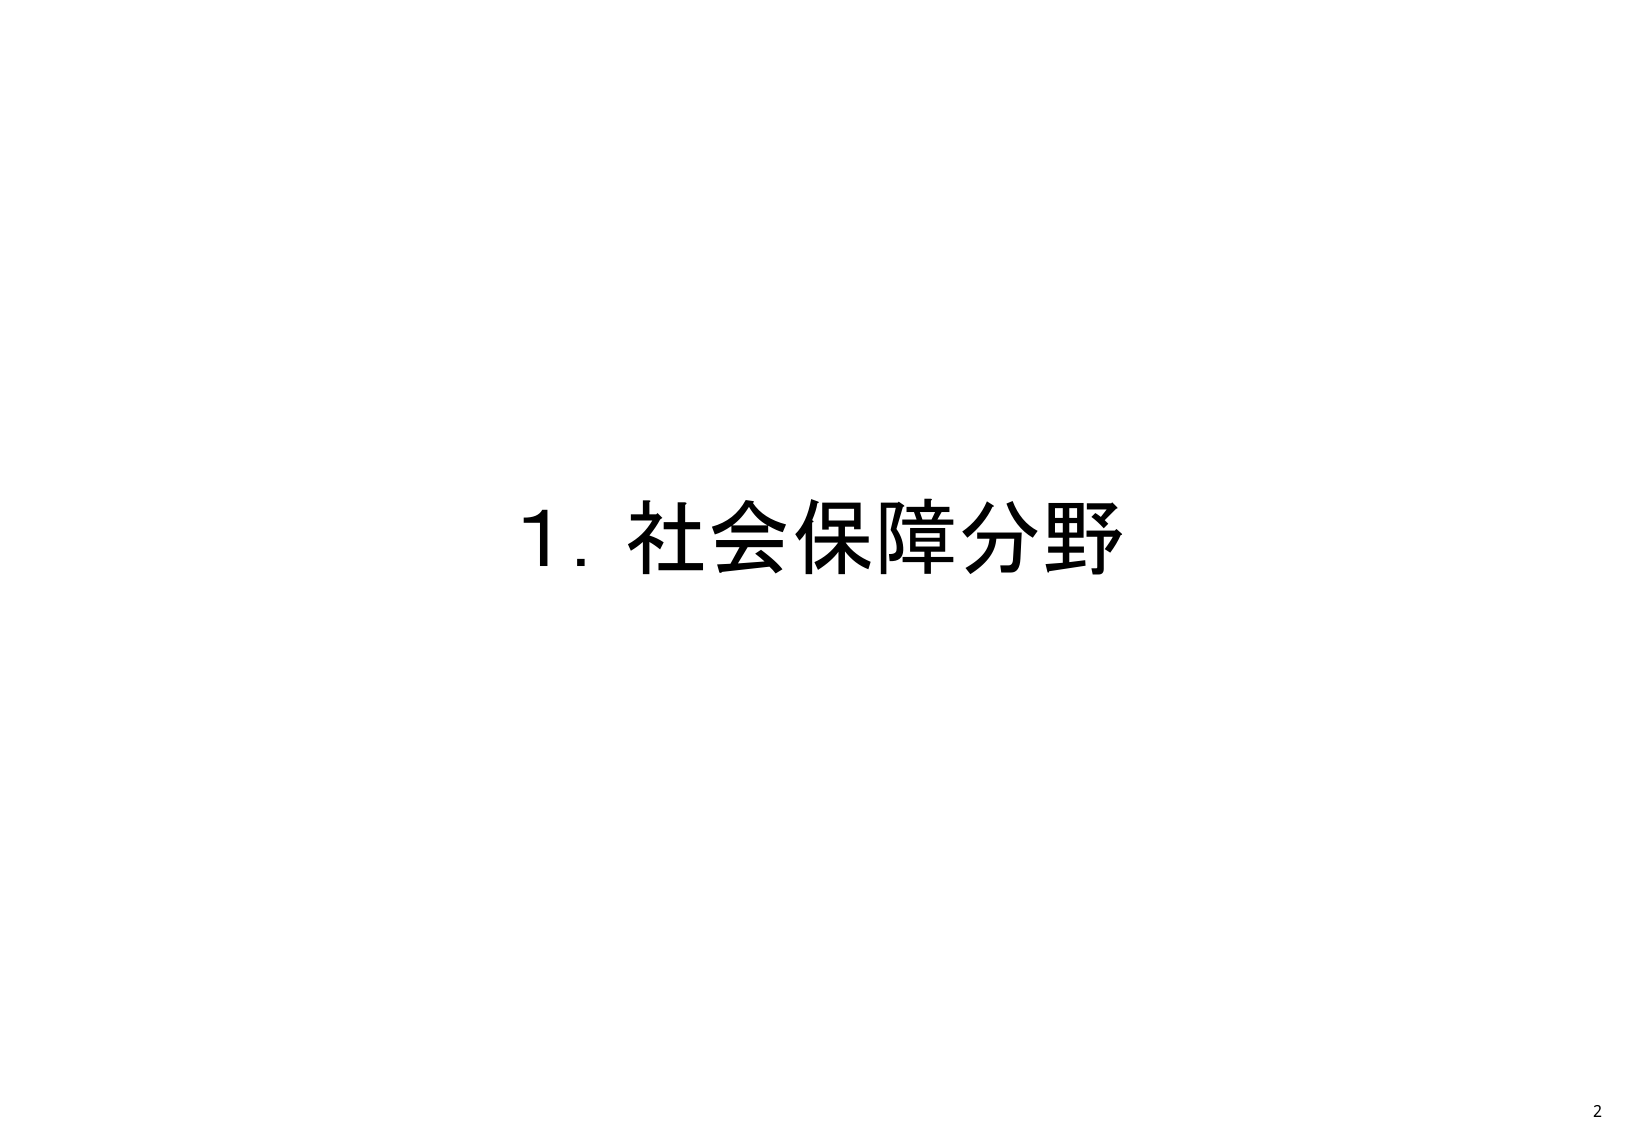
1. 社会保障分野
2